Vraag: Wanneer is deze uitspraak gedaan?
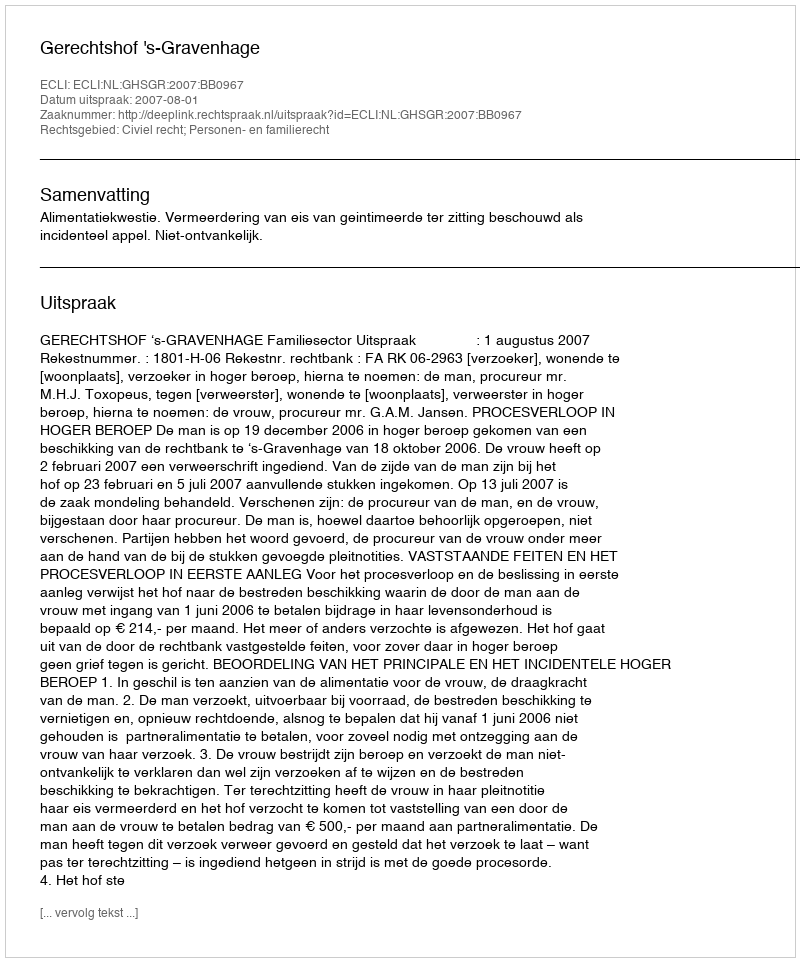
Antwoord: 2007-08-01